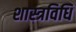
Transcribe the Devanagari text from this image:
शास्त्रविधि